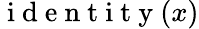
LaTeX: \mathrm{~i~d~e~n~t~i~t~y~}(x)